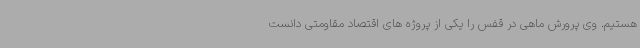
هستیم. وی پرورش ماهی در قفس را یکی از پروژه های اقتصاد مقاومتی دانست